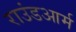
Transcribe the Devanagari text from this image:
राउंडआर्म